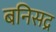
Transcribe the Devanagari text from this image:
बनिसद्र